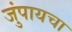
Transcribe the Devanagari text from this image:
जुंपायचा